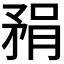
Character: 𪿇